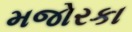
મજોરકા